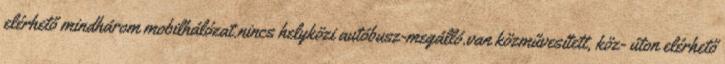
elérhető mindhárom mobilhálózat.nincs helyközi autóbusz-megálló.van közművesített, köz- úton elérhető